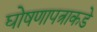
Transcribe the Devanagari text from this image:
घोषणापत्राकडे